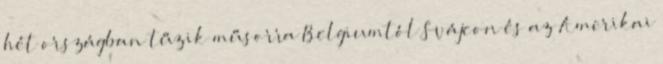
hét országban tűzik műsorra Belgiumtól Svájcon és az Amerikai